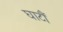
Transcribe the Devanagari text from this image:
घाटौं